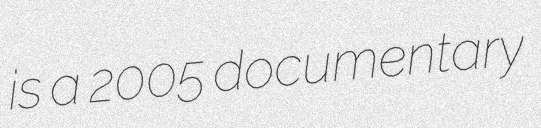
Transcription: is a 2005 documentary